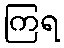
ကြရ